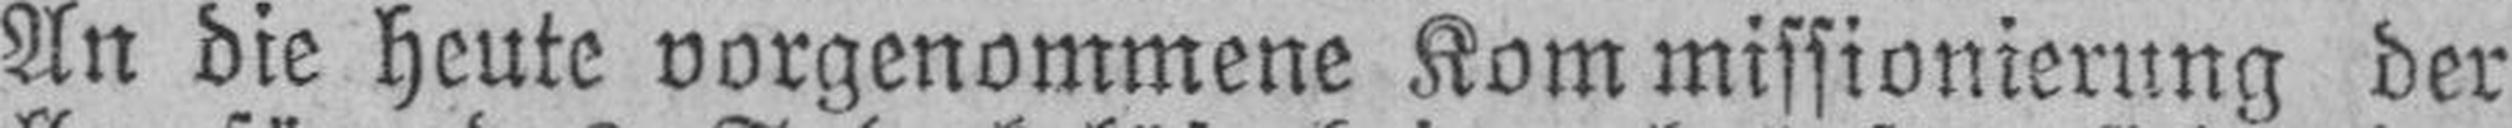
An die heute vorgenommene Kommissionierung der